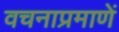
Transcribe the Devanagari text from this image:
वचनाप्रमाणें